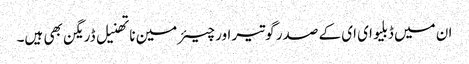
ان میں ڈبلیو ای ای کے صدر گوتیر اور چیئرمین ناتھنیل ڈریگن بھی ہیں۔